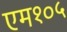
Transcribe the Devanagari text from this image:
एम१०५